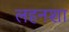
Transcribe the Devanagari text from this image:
लहनशा